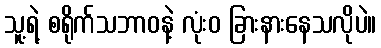
သူ့ရဲ့ စရိုက်သဘာဝနဲ့ လုံးဝ ခြားနားနေသလိုပဲ။